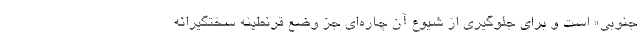
جنوبی» است و برای جلوگیری از شیوع آن چاره‌ای جز وضع قرنطینه سختگیرانه